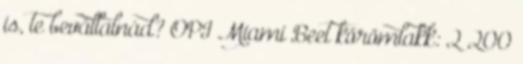
is, te bevállalnád? OPI Miami Beet körömlakk: 2 200